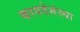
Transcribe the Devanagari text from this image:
कायदेसंस्था